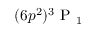
( 6 p ^ { 2 } ) \ensuremath { { ^ 3 \mathrm { ~ P ~ } _ { 1 } } }